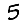
Digit: 5